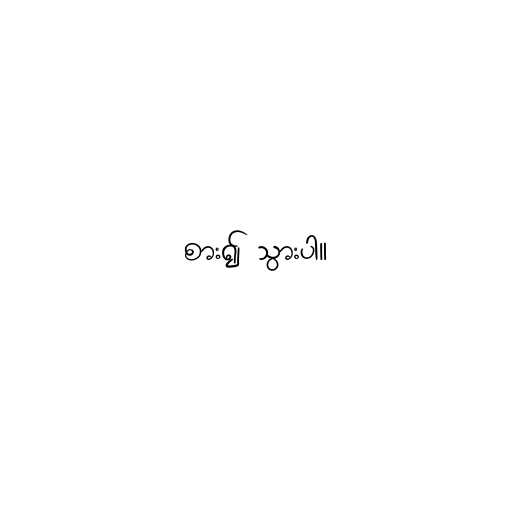
စား၍ သွားပါ။